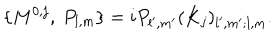
\{ M ^ { 0 , j } , \ P _ { l , m } \} = i P _ { l ^ { \prime } , m ^ { \prime } } ( K _ { j } ) _ { l ^ { \prime } , m ^ { \prime } ; l , m } .